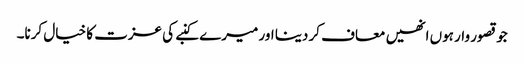
جو قصور وار ہوں انھیں معاف کر دینا اور میرے کنبے کی عزت کا خیال کرنا۔